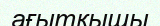
ағытқышы